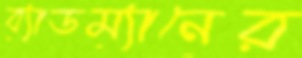
ব্যাডম্যানের